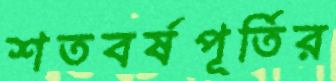
শতবর্ষপূর্তির